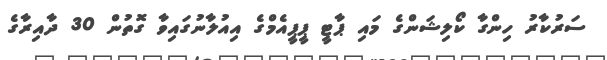
ސަރުކާރު ހިންގާ ކޯލިޝަންގެ މައި ޕާޓީ ޕީޕީއެމްގެ އިއުލާނުގައިވާ ގޮތުން 30 ދާއިރާގެ